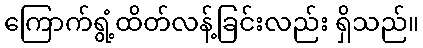
ကြောက်ရွံ့ထိတ်လန့်ခြင်းလည်း ရှိသည်။